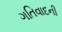
ગતિવાદની